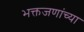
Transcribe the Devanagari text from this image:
भक्तजणांच्या